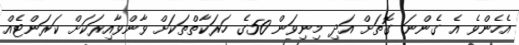
އެހެންވެ އެ ގެންނަ ގޮތަށް އަދި މިނިވަން 50ގެ ހަރަކާތްތަކަށް ވާންވާއިރަކަށް ކަރަންޓެއް